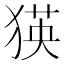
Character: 𤠉